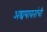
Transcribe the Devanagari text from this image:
अद्ययावतांची